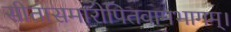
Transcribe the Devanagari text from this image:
सीतासमारोपितवामभागम्।